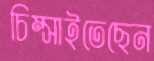
চিম্‌সাইতেছেন